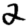
Digit: 2